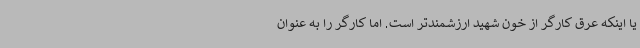
یا اینکه عرق کارگر از خون شهید ارزشمندتر است. اما کارگر را به عنوان